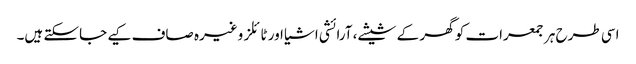
اسی طرح ہر جمعرات کو گھر کے شیشے، آرائشی اشیا اور ٹائلز وغیرہ صاف کیے جاسکتے ہیں۔